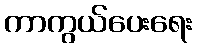
ကာကွယ်ပေးရေး